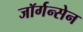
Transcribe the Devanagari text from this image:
जॉर्गन्सेन